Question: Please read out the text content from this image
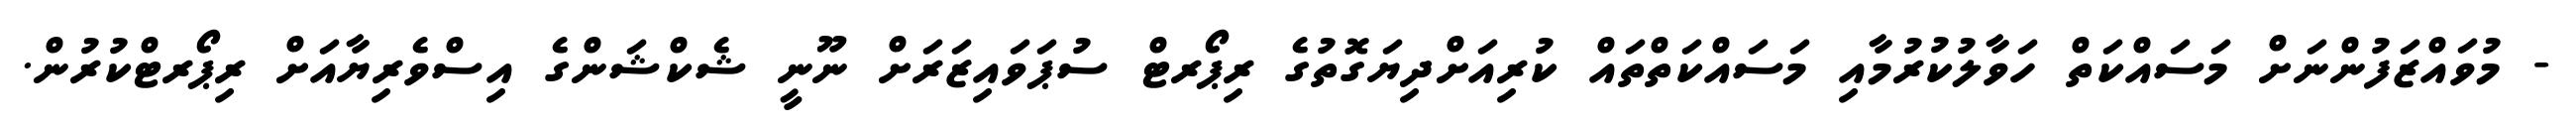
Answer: - މުވައްޒަފުންނަށް މަސައްކަތް ހަވާލުކުރުމާއި މަސައްކަތްތައް ކުރިއަށްދިޔަގޮތުގެ ރިޕޯރޓް ސުޕަވައިޒަރަށް ނޫނީ ޝެކްޝަންގެ އިސްވެރިޔާއަށް ރިޕޯރޓްކުރުން.